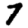
Digit: 7